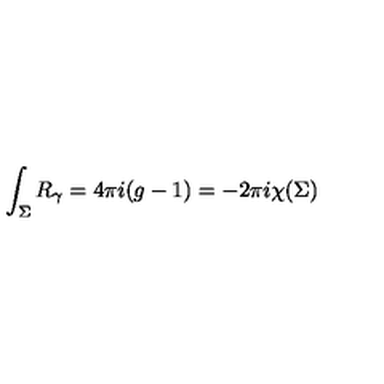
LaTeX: \int _ { \Sigma } R _ { \gamma } = 4 \pi i ( g - 1 ) = - 2 \pi i \chi ( \Sigma )